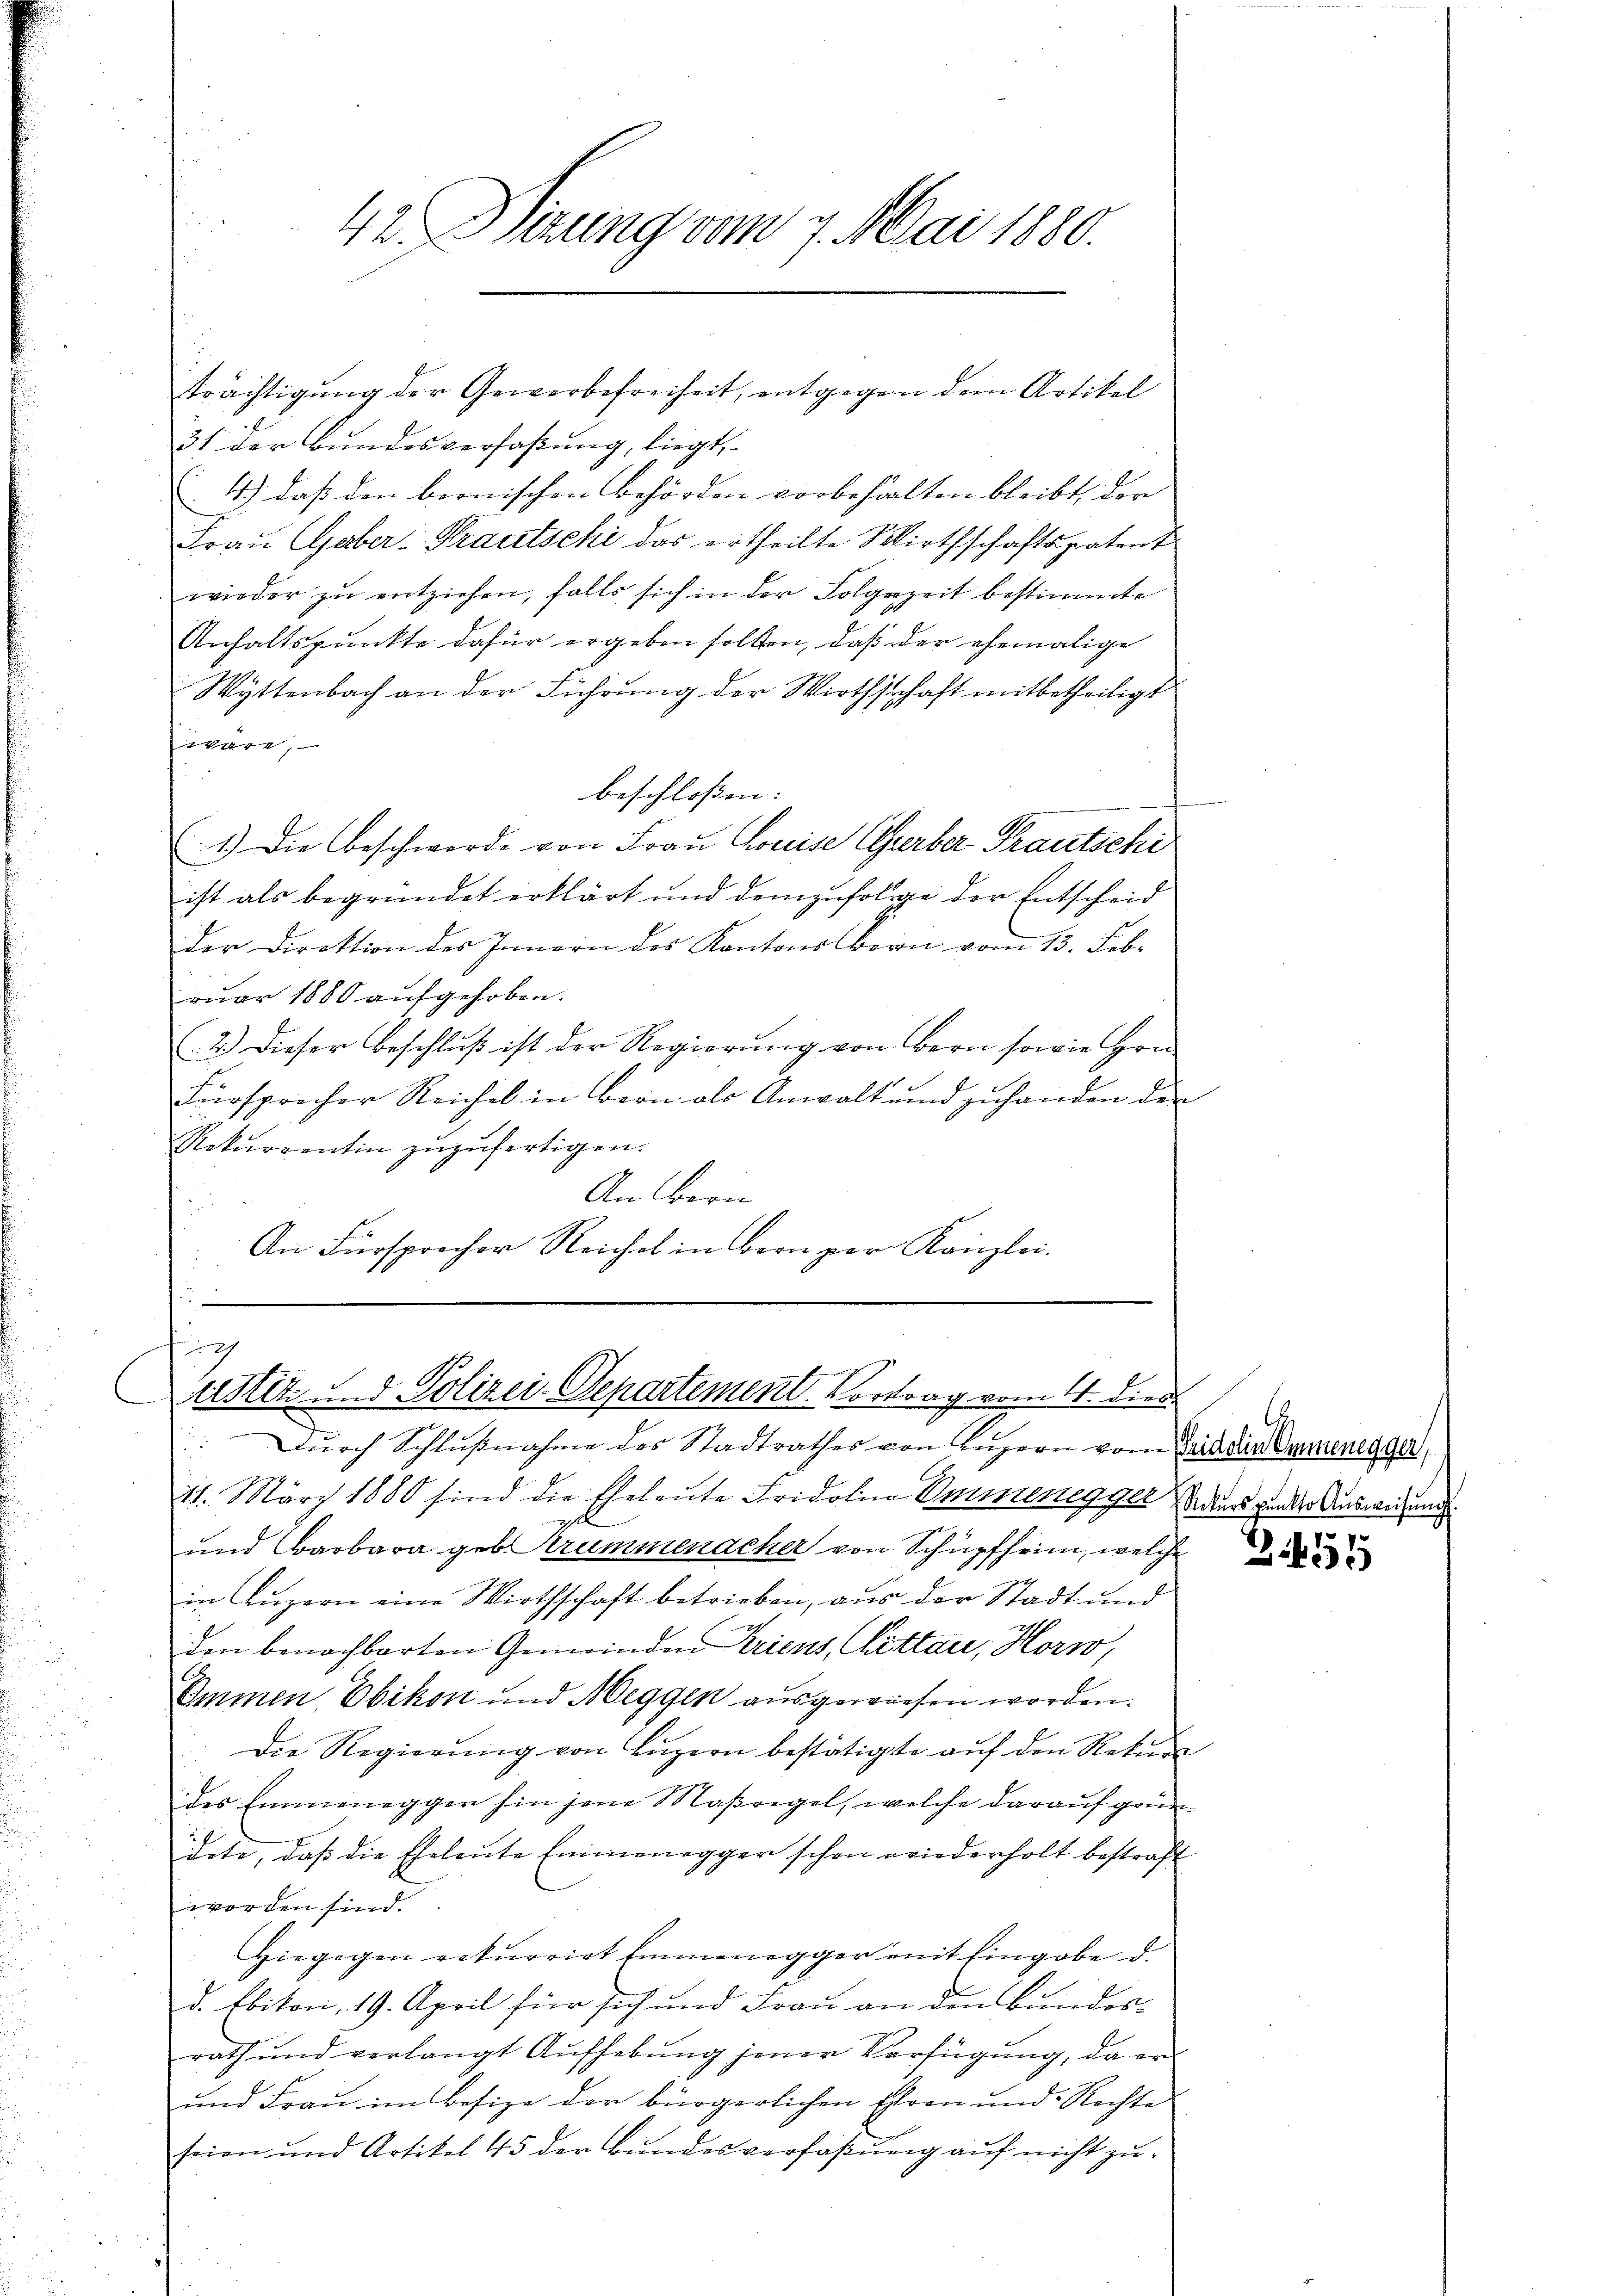
42. Vierung vom 7. Mai 1880.

31 der Bundesverfaßung, liegt,
4.) Daß den bernischen Behörden vorbehalten bleibt, der
Frau Gaber-Krautschi das ertheilte Wirthschaftspatent
wieder zŭ entziehen, falls sich in der Folgerzeit bestimmte
Anhaltspunkte dafür ergeben sollten, daß der ehemalige
Wyttenbach an der Führung der Wirthschaft mitbetheiligt
Ziwäre,
beschloßen:
1.) Die Beschwerde von Frau Concise Cherber Frautschi
ist als begründet erklärt und demzufolge der Entscheid
der Direktion des Innern des Kantons Born vom 13. Febr
ruar 1880 aufgehoben.
2.) Dieser Beschluß ist der Regierung von Bern sowie Hrn.
Fürsprocher Reichel in Bern als Anwalt und zuhanden der
Rekurrentin zŭzŭfertigen.
An Bern
An Fürsprocher Reichel in Bern per Kanzlei-

trächtigung der Gewerbefreiheit, entgegen dem Artikel

ti
ustiz und Polizei-Departement. Vortrag vom 4. dies
Dŭrch Schlŭβnahme des Stadtrathes von Lŭzern vom Taidder Donnenegger,

11. März 1880 sind die Eheleute Fridolina Emmenegger ders wunder Ausweisung
l
und Barbara geb. Krummenacher von Schüpfheim, welche
in Luzern eine Wirthschaft betrieben, aus der Stadt und
den benachbarten Gemeinden Kriens, Mittau, Horw,
Immen, Obikon und Meggen ausgewiesen worden.
Die Regierŭng von Lŭzern bestätigte aŭf den Rekŭra
des Emmeneggen hin jene Maßregel, welche darauf gründete, daβ die Eheleute Emmenegger schon wiederholt bestraft
worden sind.
Hiegegen rekurrirt Emmenegger mit Eingabe d.
d. Ebikon, 19. April für sich und Frau an den Bundesrath und verlangt Aufhebung jener Verfügung, da er
und Frau im Besize der bürgerlichen Ehren und Rechte
seien und Artikel 45 der Bŭndesverfassŭng aŭf nicht zŭ-

Z 455